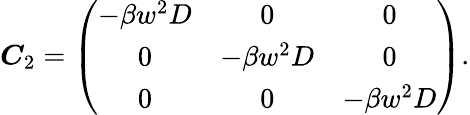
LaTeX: \begin{array}{r}{\boldsymbol C_{2}=\left(\begin{array}{ccc}{-\beta w^{2}D}&{0}&{0}\\ {0}&{-\beta w^{2}D}&{0}\\ {0}&{0}&{-\beta w^{2}D}\end{array}\right).}\end{array}